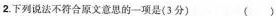
2.下列说法不符合原文意思的一项是(3分) ( )